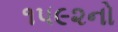
૧૫૯૨નો